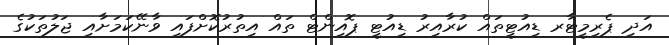
އަދި ޕެރިމީޓާރ ޑިއުޓީތައް ކުރާއިރު ޑިއުޓީ ޕޮއިންޓް ތައް އިތުރުކޮށްފައި ވާނޭކަމަށާއި ޖަލުތަކުގެ